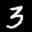
Label: 3